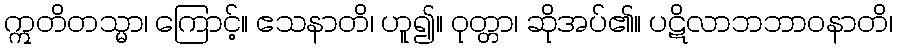
ဣတိတသ္မာ၊ ကြောင့်။ ဧသနာတိ၊ ဟူ၍။ ဝုတ္တာ၊ ဆိုအပ်၏။ ပဋိလာဘဘာဝနာတိ၊